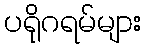
ပရိုဂရမ်များ